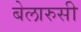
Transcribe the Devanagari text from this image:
बेलारुसी